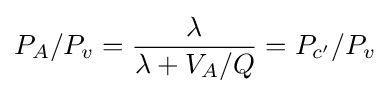
P_{A}/P_{v}={\frac {\lambda }{{\lambda }+V_{A}/Q}}=P_{c'}/P_{v}